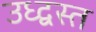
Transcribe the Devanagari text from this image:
उध्द्वस्त